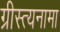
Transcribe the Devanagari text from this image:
ग्रीस्त्यनामा